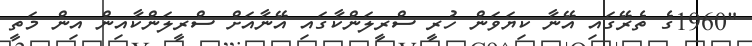
"1960ގެ ތެރޭގައި އޭނާ ކިޔަވަން ހުރީ ސްރީލަންކާގައި އޭނާއަށް ސްރީލަންކާއިން އިން މަތީ